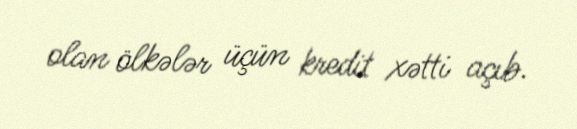
olan ölkələr üçün kredit xətti açıb.